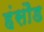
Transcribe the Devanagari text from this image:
हंसौड